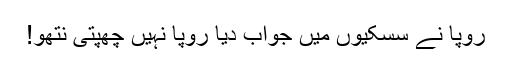
رُوپا نے سسکیوں میں جواب دیا رُوپا نہیں چھپتی نتھو!